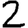
Digit: 2